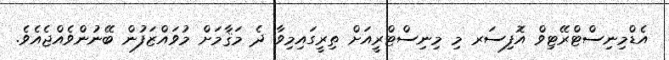
އެޑްމިނިސްޓްރޭޓިވް އޮފިސަރ މި މިނިސްޓްރީއަށް ތިރީގައިމިވާ ދެ މަޤާމަށް މުވައްޒަފުން ބޭނުންވެއްޖެއެވެ.